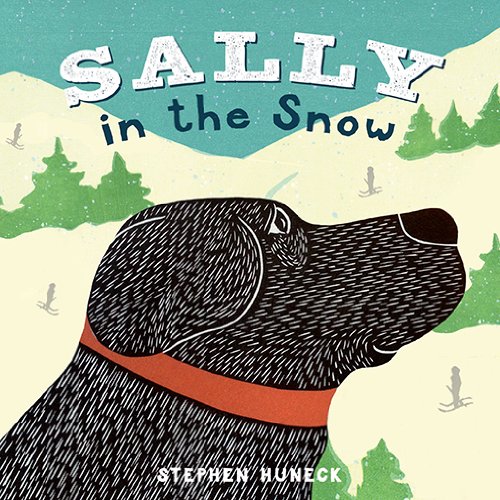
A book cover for Sally in the Snow (Sally Board Books); Stephen Huneck; Children's Books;